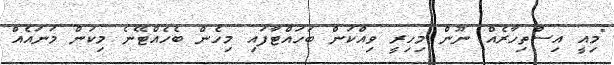
"މިއީ އިސްތިހާރެއް ނޫން މިހިރީ ވިއްކަން ބަހައްޓާފައި މިހެން ބެހެއްޓޭނެ މިކަން މަނައެއް